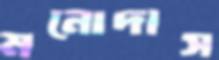
মনোদাস